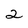
Character: 2